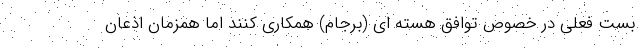
بست فعلی در خصوص توافق هسته ای (برجام) همکاری کنند اما همزمان اذعان